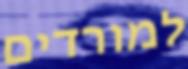
למורדים